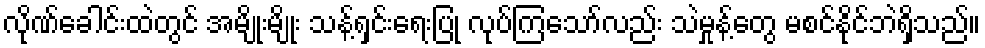
လိုဏ်ခေါင်းထဲတွင် အမျိုးမျိုး သန့်ရှင်းရေးပြု လုပ်ကြသော်လည်း သဲမှုန့်တွေ မစင်နိုင်ဘဲရှိသည်။